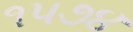
૧૫૭૪